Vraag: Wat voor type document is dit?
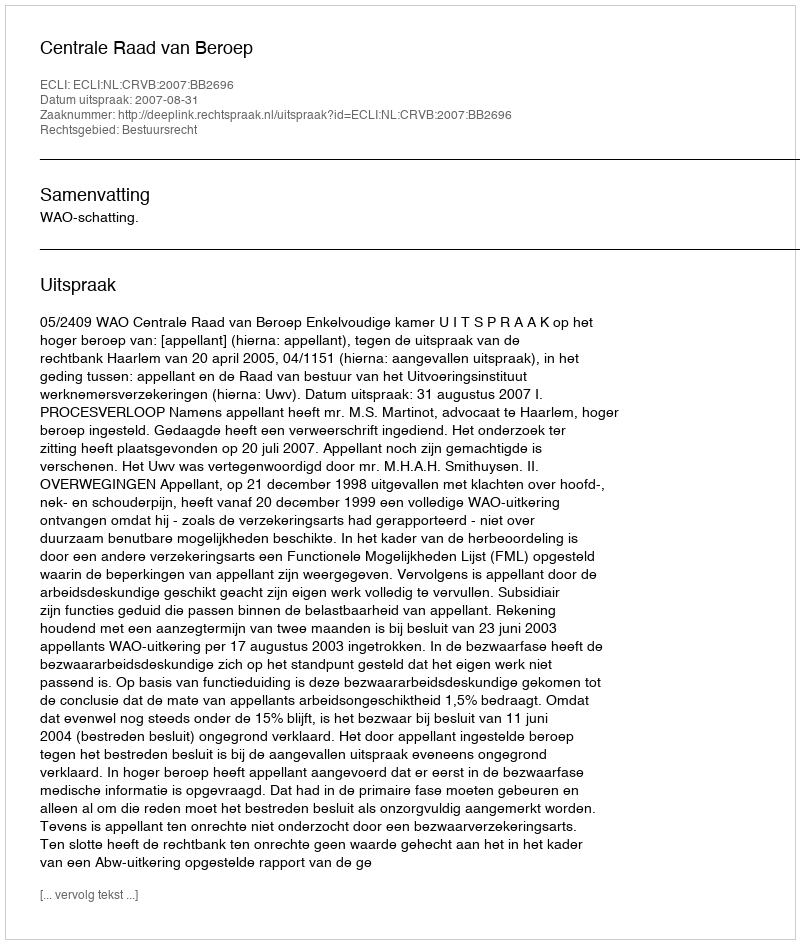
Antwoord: Uitspraak